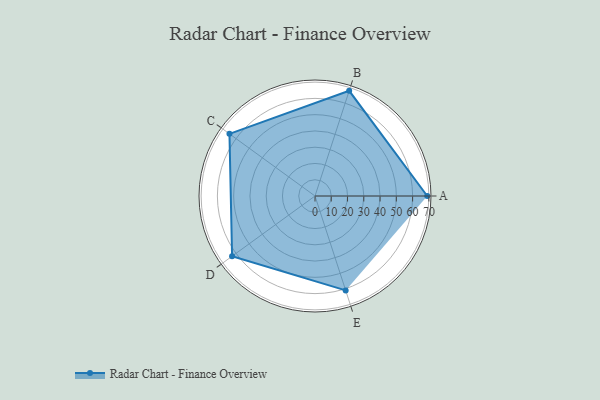
{"axis": {"x": "Skill", "y": "Score"}, "legend": ["Profile"], "data": [{"x": "A", "y": 69.0, "type": "Profile"}, {"x": "B", "y": 68.0, "type": "Profile"}, {"x": "C", "y": 65.0, "type": "Profile"}, {"x": "D", "y": 63.0, "type": "Profile"}, {"x": "E", "y": 61.0, "type": "Profile"}]}